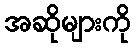
အဆိုများကို